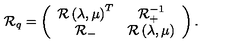
{ \cal R } _ { q } = \left( \begin{array} { c c } { { \cal R } \left( \lambda , \mu \right) ^ { T } } & { { \cal R } _ { + } ^ { - 1 } } \\ { { \cal R } _ { - } } & { { \cal R } \left( \lambda , \mu \right) } \\ \end{array} \right) .